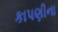
કાપણીના